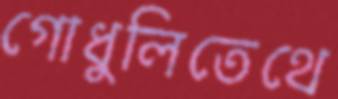
গোধুলিতেথে